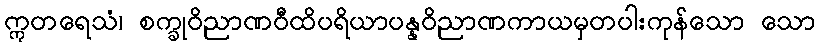
ဣတရေသံ၊ စက္ခုဝိညာဏဝီထိပရိယာပန္နဝိညာဏကာယမှတပါးကုန်သော သော